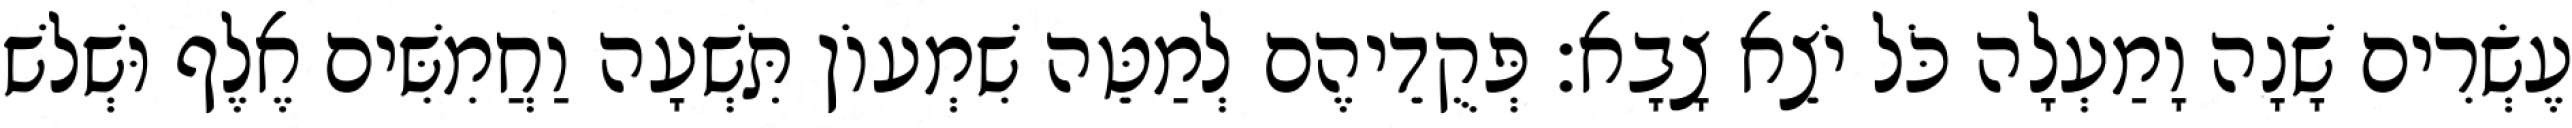
עֶשְׂרִים שָׁנָה וָמַעְלָה כֹּל יֹצֵא צָבָא׃ פְּקֻדֵיהֶם לְמַטֵּה שִׁמְעוֹן תִּשְׁעָה וַחֲמִשִּׁים אֶלֶף וּשְׁלשׁ